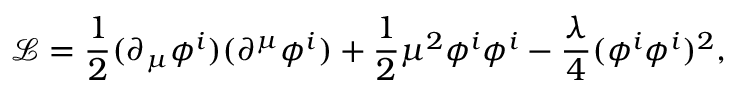
{ \mathcal { L } } = { \frac { 1 } { 2 } } ( \partial _ { \mu } \phi ^ { i } ) ( \partial ^ { \mu } \phi ^ { i } ) + { \frac { 1 } { 2 } } \mu ^ { 2 } \phi ^ { i } \phi ^ { i } - { \frac { \lambda } { 4 } } ( \phi ^ { i } \phi ^ { i } ) ^ { 2 } ,